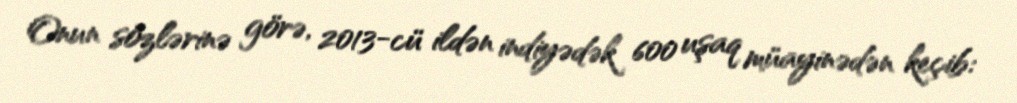
Onun sözlərinə görə, 2013-cü ildən indiyədək 600 uşaq müayinədən keçib: